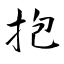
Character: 抱